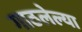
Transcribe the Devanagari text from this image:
गाठलेल्या